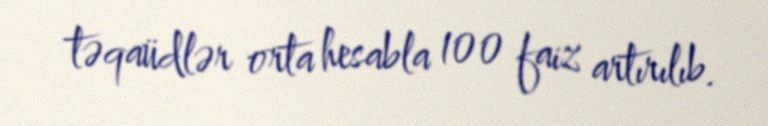
təqaüdlər orta hesabla 100 faiz artırılıb.